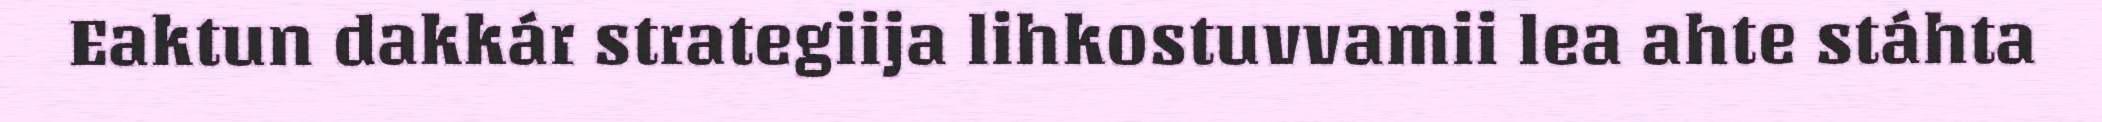
Eaktun dakkár strategiija lihkostuvvamii lea ahte stáhta